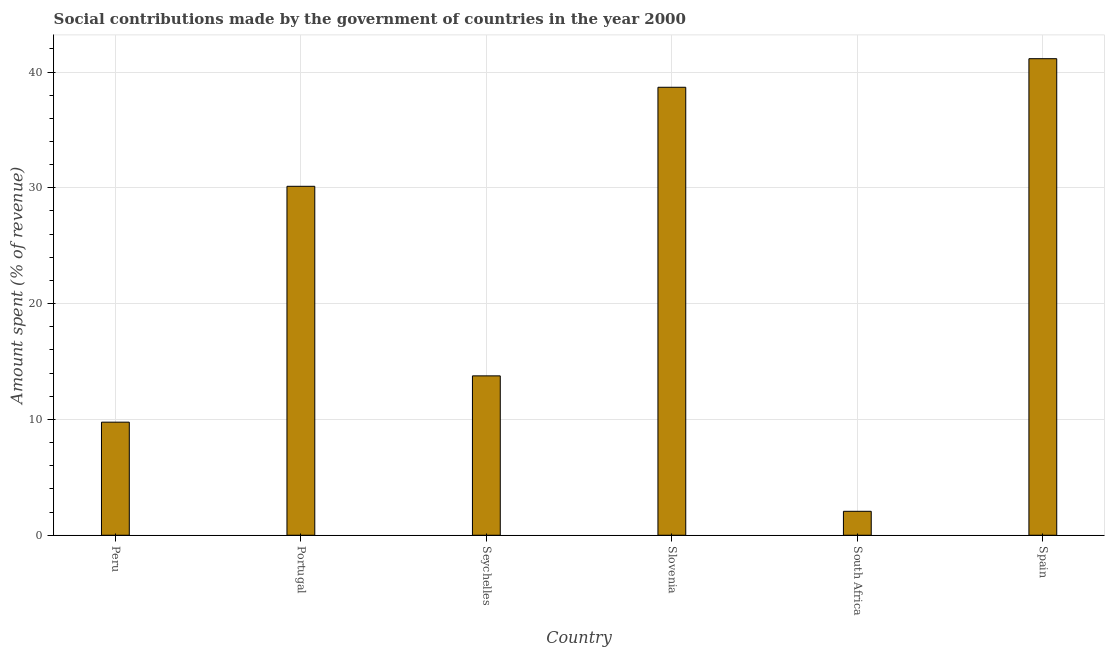
| Country | Social contributions |
 | --- | --- |
 | Peru | 9.76 |
 | Portugal | 30.1 |
 | Seychelles | 13.8 |
 | Slovenia | 38.7 |
 | South Africa | 2.07 |
 | Spain | 41.1 |